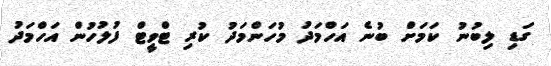
ގަޑި ލިބުނު ކަމަށް ބުނެ އަހްމަދު މުހަންމަދު ކުރި ޓްވީޓް ފުލުހުން އަހްމަދު